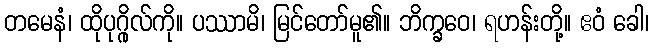
တမေနံ၊ ထိုပုဂ္ဂိုလ်ကို။ ပဿာမိ၊ မြင်တော်မူ၏။ ဘိက္ခဝေ၊ ရဟန်းတို့။ ဧဝံ ခေါ၊